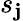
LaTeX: s_{\mathbf{j}}